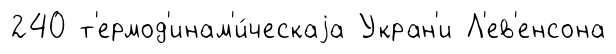
240 т'ермод'инам'и́ческаjа Укран'и Л'ев'енсона